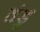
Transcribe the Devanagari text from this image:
तंडु